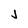
Character: J